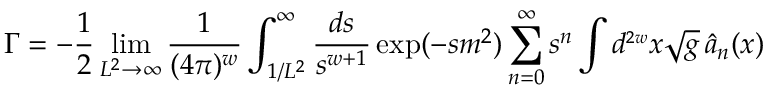
\Gamma = - \frac { 1 } { 2 } \operatorname * { l i m } _ { L ^ { 2 } \rightarrow \infty } \frac { 1 } { ( 4 \pi ) ^ { w } } \int _ { 1 / L ^ { 2 } } ^ { \infty } \frac { d s } { s ^ { w + 1 } } \exp ( - s m ^ { 2 } ) \sum _ { n = 0 } ^ { \infty } s ^ { n } \int d ^ { \scriptscriptstyle { 2 w } } x \sqrt { g } \, \hat { a } _ { n } ( x )